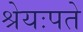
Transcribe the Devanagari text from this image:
श्रेयःपते